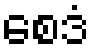
စေဒံ